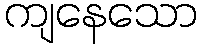
ကျနေသော